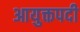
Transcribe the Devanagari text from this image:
आयुक्तपदी